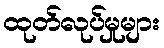
ထုတ်လုပ်မှုများ